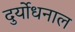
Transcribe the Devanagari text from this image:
दुर्योधनाल